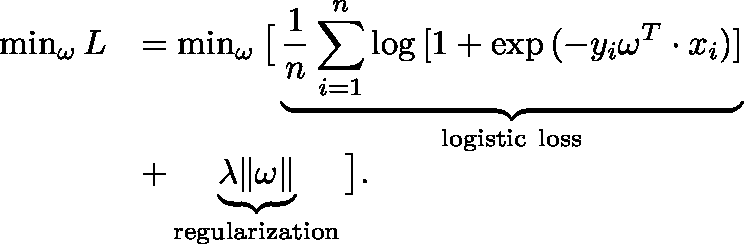
\begin{array} { r l } { \operatorname* { m i n } _ { \mathbf { \omega } } { L } } & { = \operatorname* { m i n } _ { \mathbf { \omega } } \big [ \underbrace { \frac { 1 } { n } \sum _ { i = 1 } ^ { n } \log { [ 1 + \exp { ( - y _ { i } \mathbf { \omega } ^ { T } \cdot x _ { i } ) } ] } } _ { \mathrm { l o g i s t i c ~ l o s s } } } \\ { \quad } & { + \underbrace { \lambda \| \mathbf { \omega } \| } _ { \mathrm { r e g u l a r i z a t i o n } } \big ] . } \end{array}